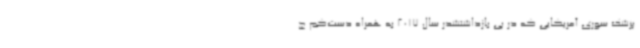
پزشک سوری آمریکایی که در پی بازداشتشدر سال 2017 به همراه دست‌کم چ